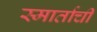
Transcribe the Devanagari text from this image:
स्मार्ताची